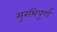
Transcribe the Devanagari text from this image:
सुरभिपूर्ण